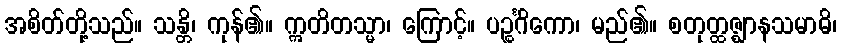
အစိတ်တို့သည်။ သန္တိ၊ ကုန်၏။ ဣတိတသ္မာ၊ ကြောင့်။ ပဉ္စင်္ဂိကော၊ မည်၏။ စတုတ္ထဇ္ဈာနသမာဓိ၊